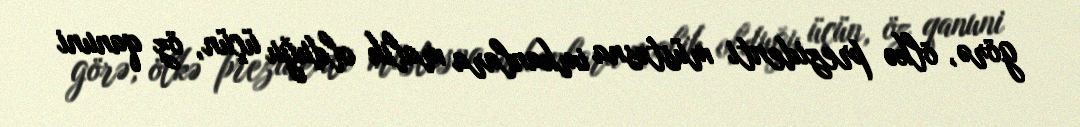
görə, ölkə prezidenti müstəsna imkanlara malik olduğu üçün, öz qanuni